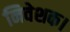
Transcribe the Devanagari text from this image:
निवेशक।